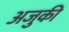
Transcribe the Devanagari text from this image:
अजुकी